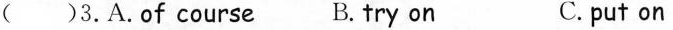
( )3. A. of course B. try on C. put on